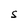
Character: S